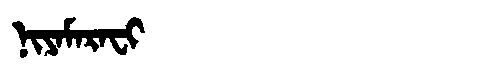
Manchu: ᠨᡳᠶᠠᠮᠠᡵᠠᠸᡳ
Romanization: NIYAMARAFI